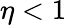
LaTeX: \eta<1